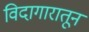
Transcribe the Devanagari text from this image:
विदागारातून